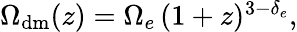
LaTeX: \begin{array}{r}{\Omega_{\mathrm{dm}}(z)=\Omega_{e}\, (1+z)^{3-\delta_{e}},}\end{array}